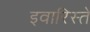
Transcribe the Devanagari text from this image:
इवारिस्ते